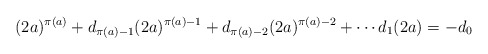
\begin{align*}(2a)^{\pi(a)} + d_{\pi(a) - 1}(2a)^{\pi(a) - 1} + d_{\pi(a) - 2}(2a)^{\pi(a) - 2} + \cdots d_1(2a) = -d_0\end{align*}